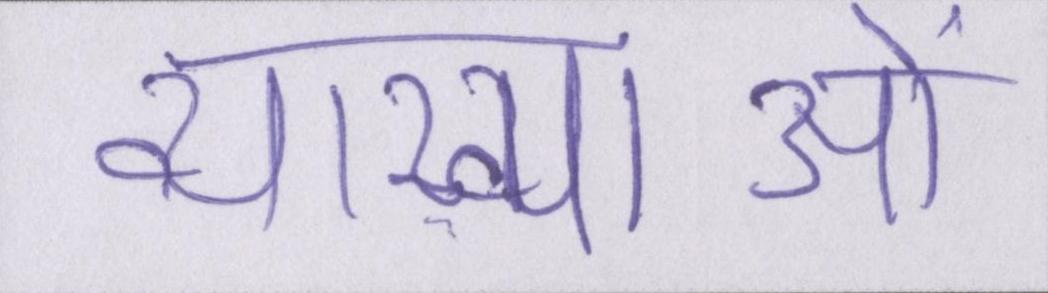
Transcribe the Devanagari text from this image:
व्याख्याओं